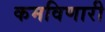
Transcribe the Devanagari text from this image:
कमविणारी